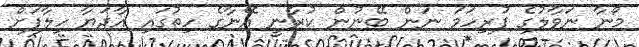
މޯނާ ނަވާލުގެ ފުރިހަމަ ނަން ބޭނުން ކުރާނީ އޭނާގެ ހިތުގައި އާދަޔާ ހިލާފަށް